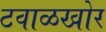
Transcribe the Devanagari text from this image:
टवाळखोर